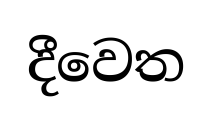
දීවෙත